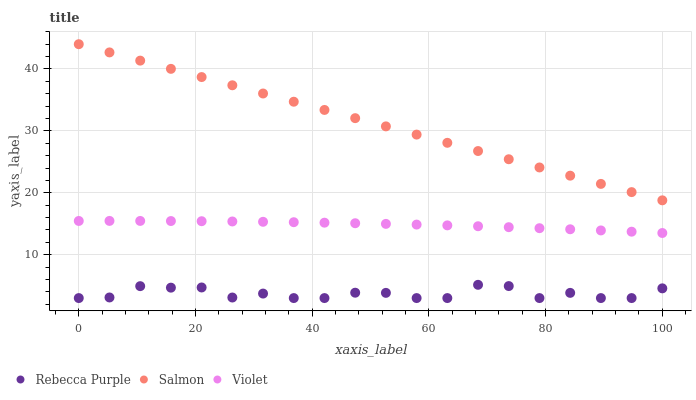
| xaxis_label | Rebecca Purple | Salmon | Violet |
 | --- | --- | --- | --- |
 | 0 | 3 | 44 | 15.5 |
 | 5.26 | 3.1 | 42.7 | 15.5 |
 | 10.5 | 4.93 | 41.3 | 15.5 |
 | 15.8 | 4.68 | 40 | 15.4 |
 | 21.1 | 4.71 | 38.7 | 15.4 |
 | 26.3 | 3.09 | 37.4 | 15.4 |
 | 31.6 | 3.73 | 36 | 15.3 |
 | 36.8 | 3 | 34.7 | 15.3 |
 | 42.1 | 3 | 33.4 | 15.2 |
 | 47.4 | 3.87 | 32.1 | 15.1 |
 | 52.6 | 3.84 | 30.7 | 15 |
 | 57.9 | 3 | 29.4 | 14.9 |
 | 63.2 | 3 | 28.1 | 14.7 |
 | 68.4 | 5.14 | 26.7 | 14.6 |
 | 73.7 | 4.94 | 25.4 | 14.5 |
 | 78.9 | 3 | 24.1 | 14.3 |
 | 84.2 | 3.84 | 22.8 | 14.1 |
 | 89.5 | 3 | 21.4 | 13.9 |
 | 94.7 | 3 | 20.1 | 13.7 |
 | 100 | 4.57 | 18.8 | 13.5 |